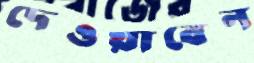
দেওয়াবেন